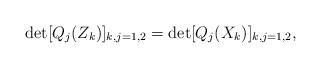
LaTeX: \begin{align*}\det[Q_j(Z_k)]_{k,j=1,2}=\det[Q_j(X_k)]_{k,j=1,2},\end{align*}